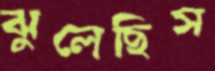
ঝুলেছিস